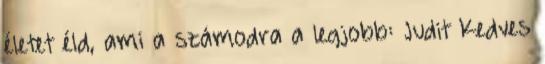
életet éld, ami a számodra a legjobb: Judit Kedves